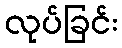
လုပ်ခြင်း